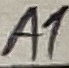
Text: A1